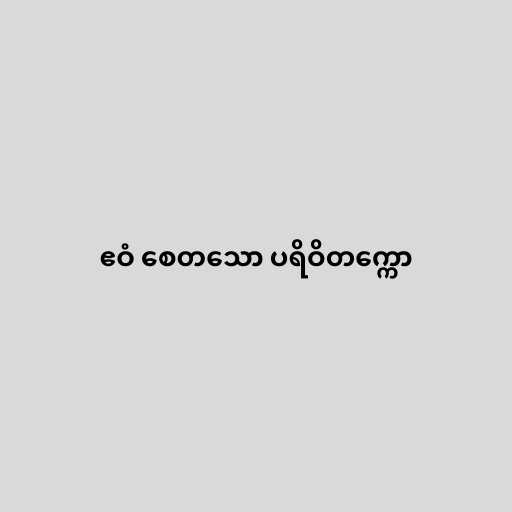
ဧဝံ စေတသော ပရိဝိတက္ကော